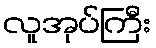
လူအုပ်ကြီး